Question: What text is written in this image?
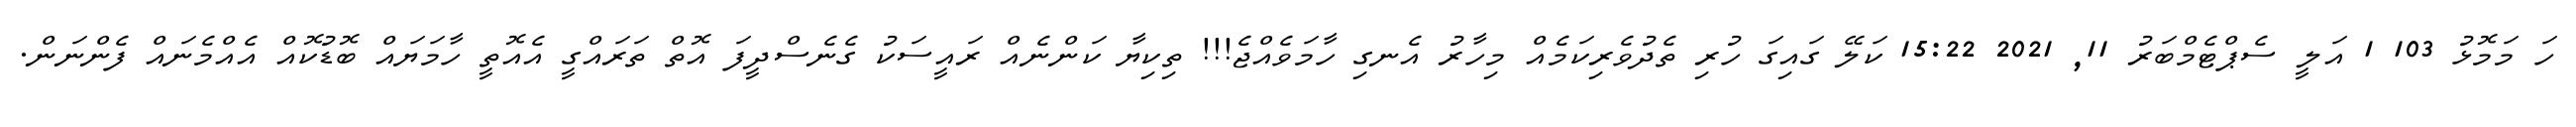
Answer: ހަ މަމޮޅު 103 1 އަލީ ސެޕްޓެމްބަރު 11, 2021 15:22 ކަލޭ ގައިގަ ހުރި ތެދުވެރިކަމެއް މިހާރު އެނގި ހާމަވެއްޖެ!!! ތިކިޔާ ކަންނެއް ރައީސަކު ގެނެސްދީފަ އޮތް ތަރައްގީ އެއޮތީ ހާމަޔައް ބޮޑުކޮއް އެއްމެނައް ފެންނަން.